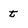
Character: t